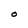
Character: O